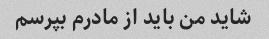
شاید من باید از مادرم بپرسم